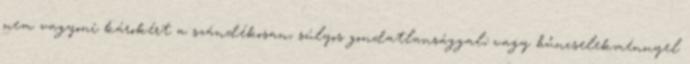
nem vagyoni károkért a szándékosan, súlyos gondatlansággal, vagy bűncselekménnyel